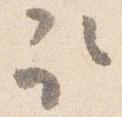
取